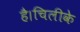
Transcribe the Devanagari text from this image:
है।चिलीके